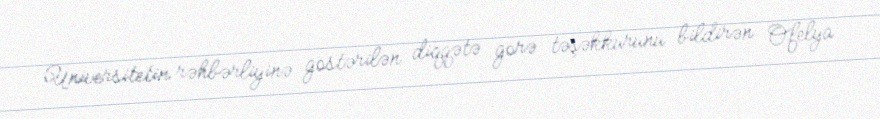
Universitetin rəhbərliyinə göstərilən diqqətə görə təşəkkürünü bildirən Ofelya